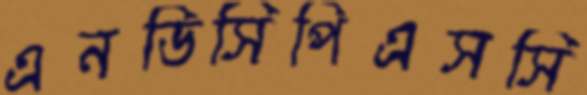
এনডিসিপিএসসি